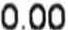
0.00